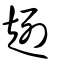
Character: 趔